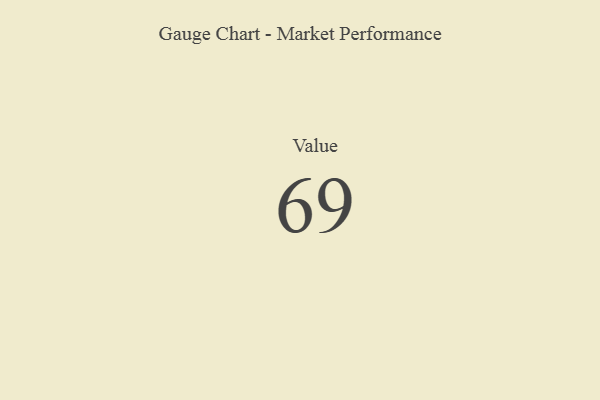
{"axis": {"x": "Metric", "y": "Value"}, "legend": [""], "data": [{"x": "Value", "y": 69, "type": ""}]}